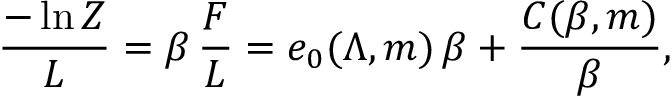
{ \frac { - \ln Z } { L } } = \beta \, { \frac { F } { L } } = e _ { 0 } ( \Lambda , m ) \, \beta + { \frac { C ( \beta , m ) } { \beta } } ,